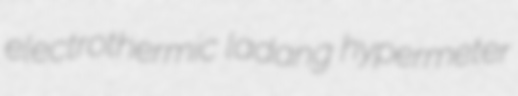
electrothermic ladang hypermeter